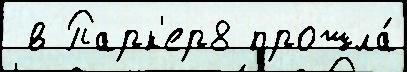
 в Парк'ер8 прошла́